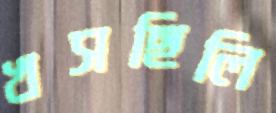
খসছিলি